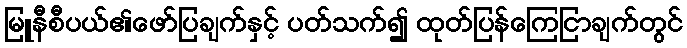
မြူနီစီပယ်၏ဖော်ပြချက်နှင့် ပတ်သက်၍ ထုတ်ပြန်ကြေငြာချက်တွင်